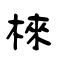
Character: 棶